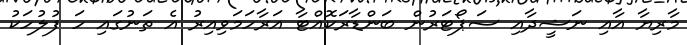
މާރިޔާ އާއި ނަޝީދާއި ސަޕޯޓަރުން ބަންޑާރަކޮއްޓާ އަރާހަމަވިއިރު އެ ތަނުގައި ހަ ފުލުހަކު